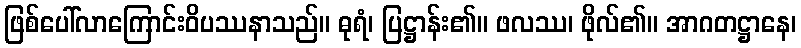
ဖြစ်ပေါ်လာကြောင်းဝိပဿနာသည်။ ဓုရံ၊ ပြဋ္ဌာန်း၏။ ဖလဿ၊ ဖိုလ်၏။ အာဂတဋ္ဌာနေ၊